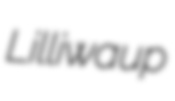
Lilliwaup